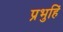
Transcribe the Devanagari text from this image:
प्रभुहिं